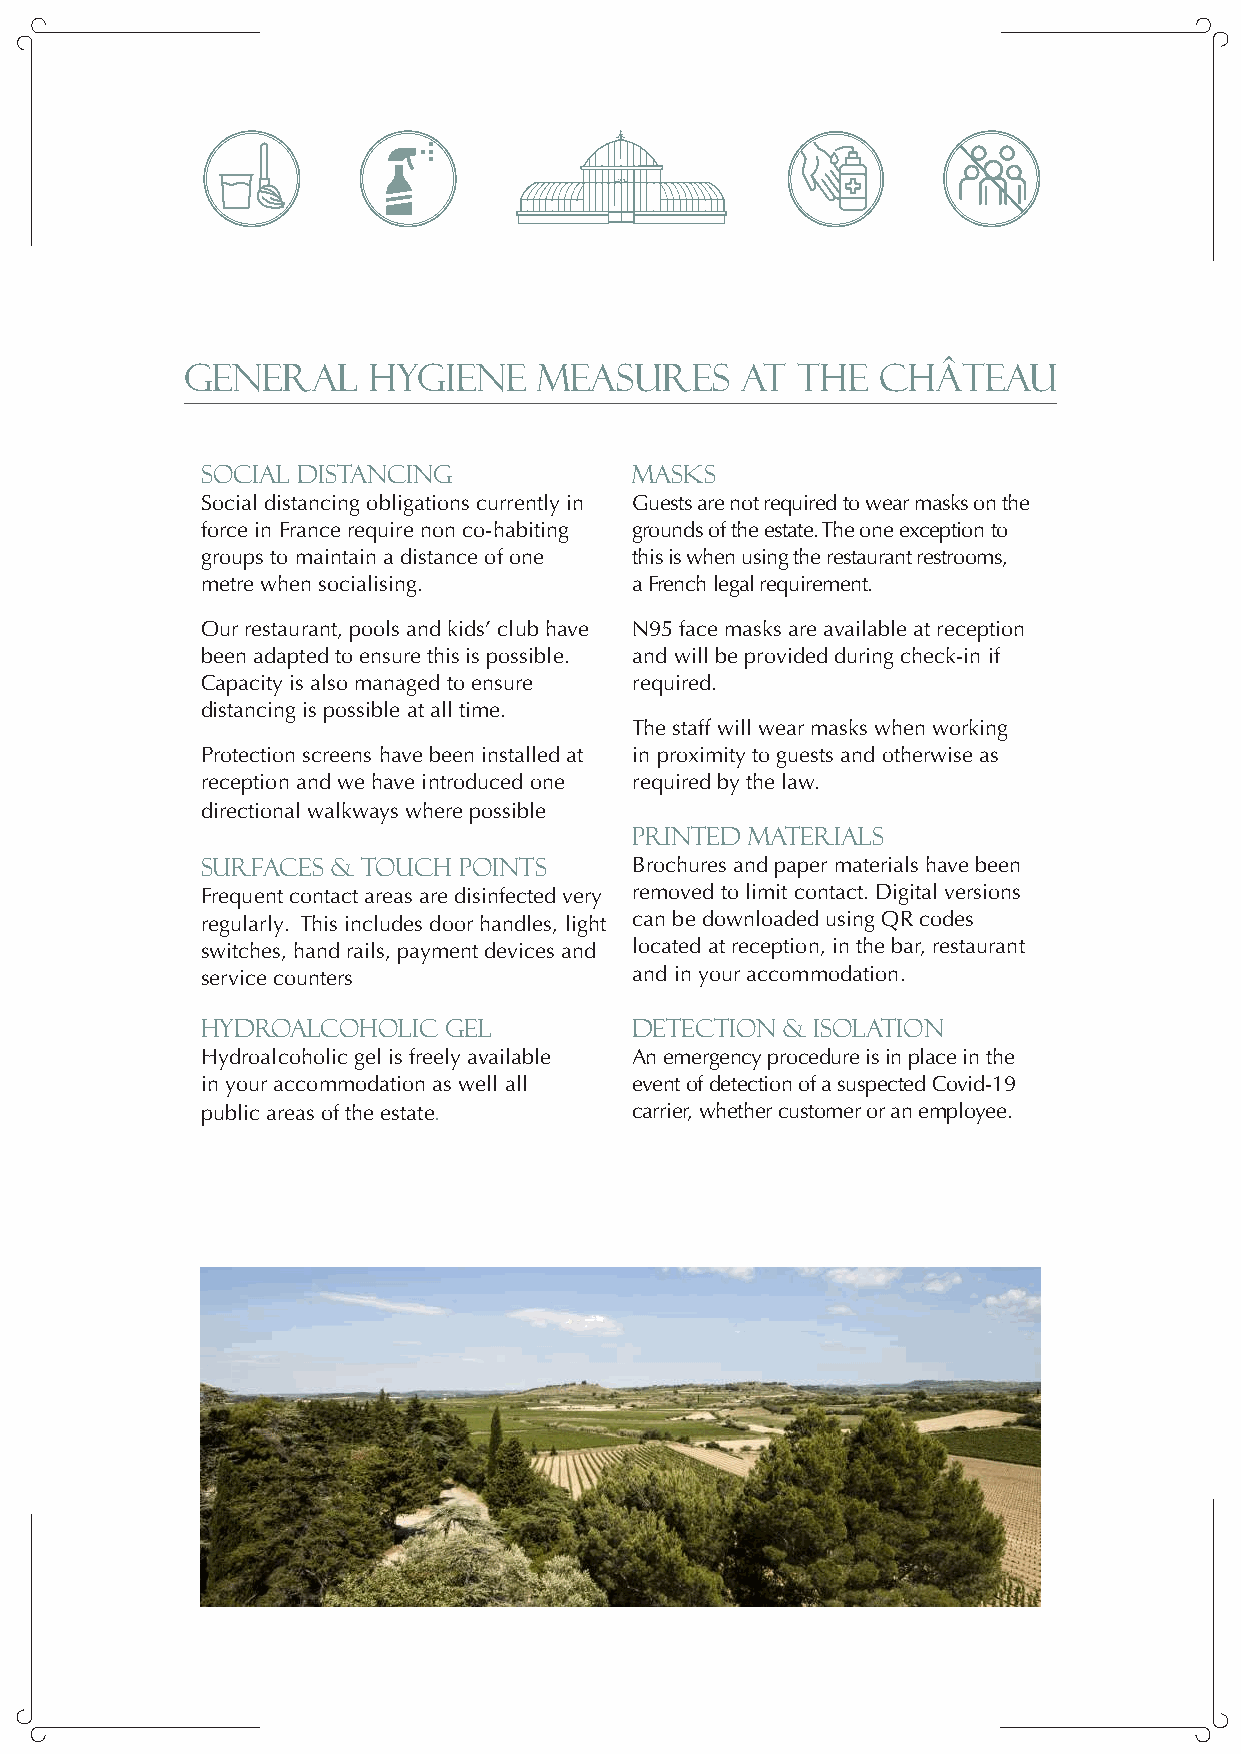
C                    C
 HÂTEAU              ARRASSES
 LES
 q
 GENERAL     HYGIENE     MEASURES     AT  THE  CHÂTEAU
 SOCIAL DISTANCING            MASKS
 Social distancing obligations currently in Guests are not required to wear masks on the
 force in France require non co-habiting grounds of the estate. The one exception to
 groups to maintain a distance of one this is when using the restaurant restrooms,
 metre when socialising.      a French legal requirement.
 Our restaurant, pools and kids’ club have N95 face masks are available at reception
 been adapted to ensure this is possible. and will be provided during check-in if
 Capacity is also managed to ensure required.
 distancing is possible at all time.
 The staff will wear masks when working
 Protection screens have been installed at in proximity to guests and otherwise as
 reception and we have introduced one required by the law.
 directional walkways where possible
 PRINTED MATERIALS
 SURFACES & TOUCH POINTS      Brochures and paper materials have been
 Frequent contact areas are disinfected very removed to limit contact. Digital versions
 regularly. This includes door handles, light can be downloaded using QR codes
 switches, hand rails, payment devices and located at reception, in the bar, restaurant
 service counters             and in your accommodation.
 HYDROALCOHOLIC  GEL          DETECTION & ISOLATION
 Hydroalcoholic gel is freely available An emergency procedure is in place in the
 in your accommodation as well all event of detection of a suspected Covid-19
 public areas of the estate.  carrier, whether customer or an employee.